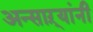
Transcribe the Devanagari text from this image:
अन्साऱ्यांनी